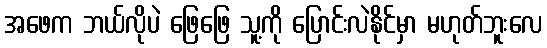
အဖေက ဘယ်လိုပဲ ဖြေဖြေ သူ့ကို ပြောင်းလဲနိုင်မှာ မဟုတ်ဘူးလေ